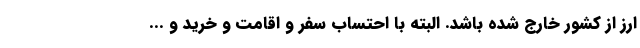
ارز از کشور خارج شده باشد. البته با احتساب سفر و اقامت و خرید و ...